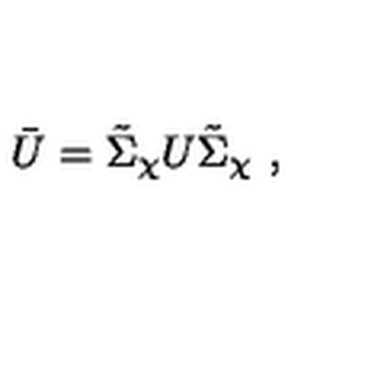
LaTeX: \bar { U } = \tilde { \Sigma } _ { \chi } U \tilde { \Sigma } _ { \chi } \ ,